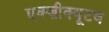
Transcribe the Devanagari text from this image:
एक्ज़ीक्यूटव